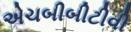
એચબીબીટીવી